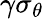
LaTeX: \gamma\sigma_{\theta}